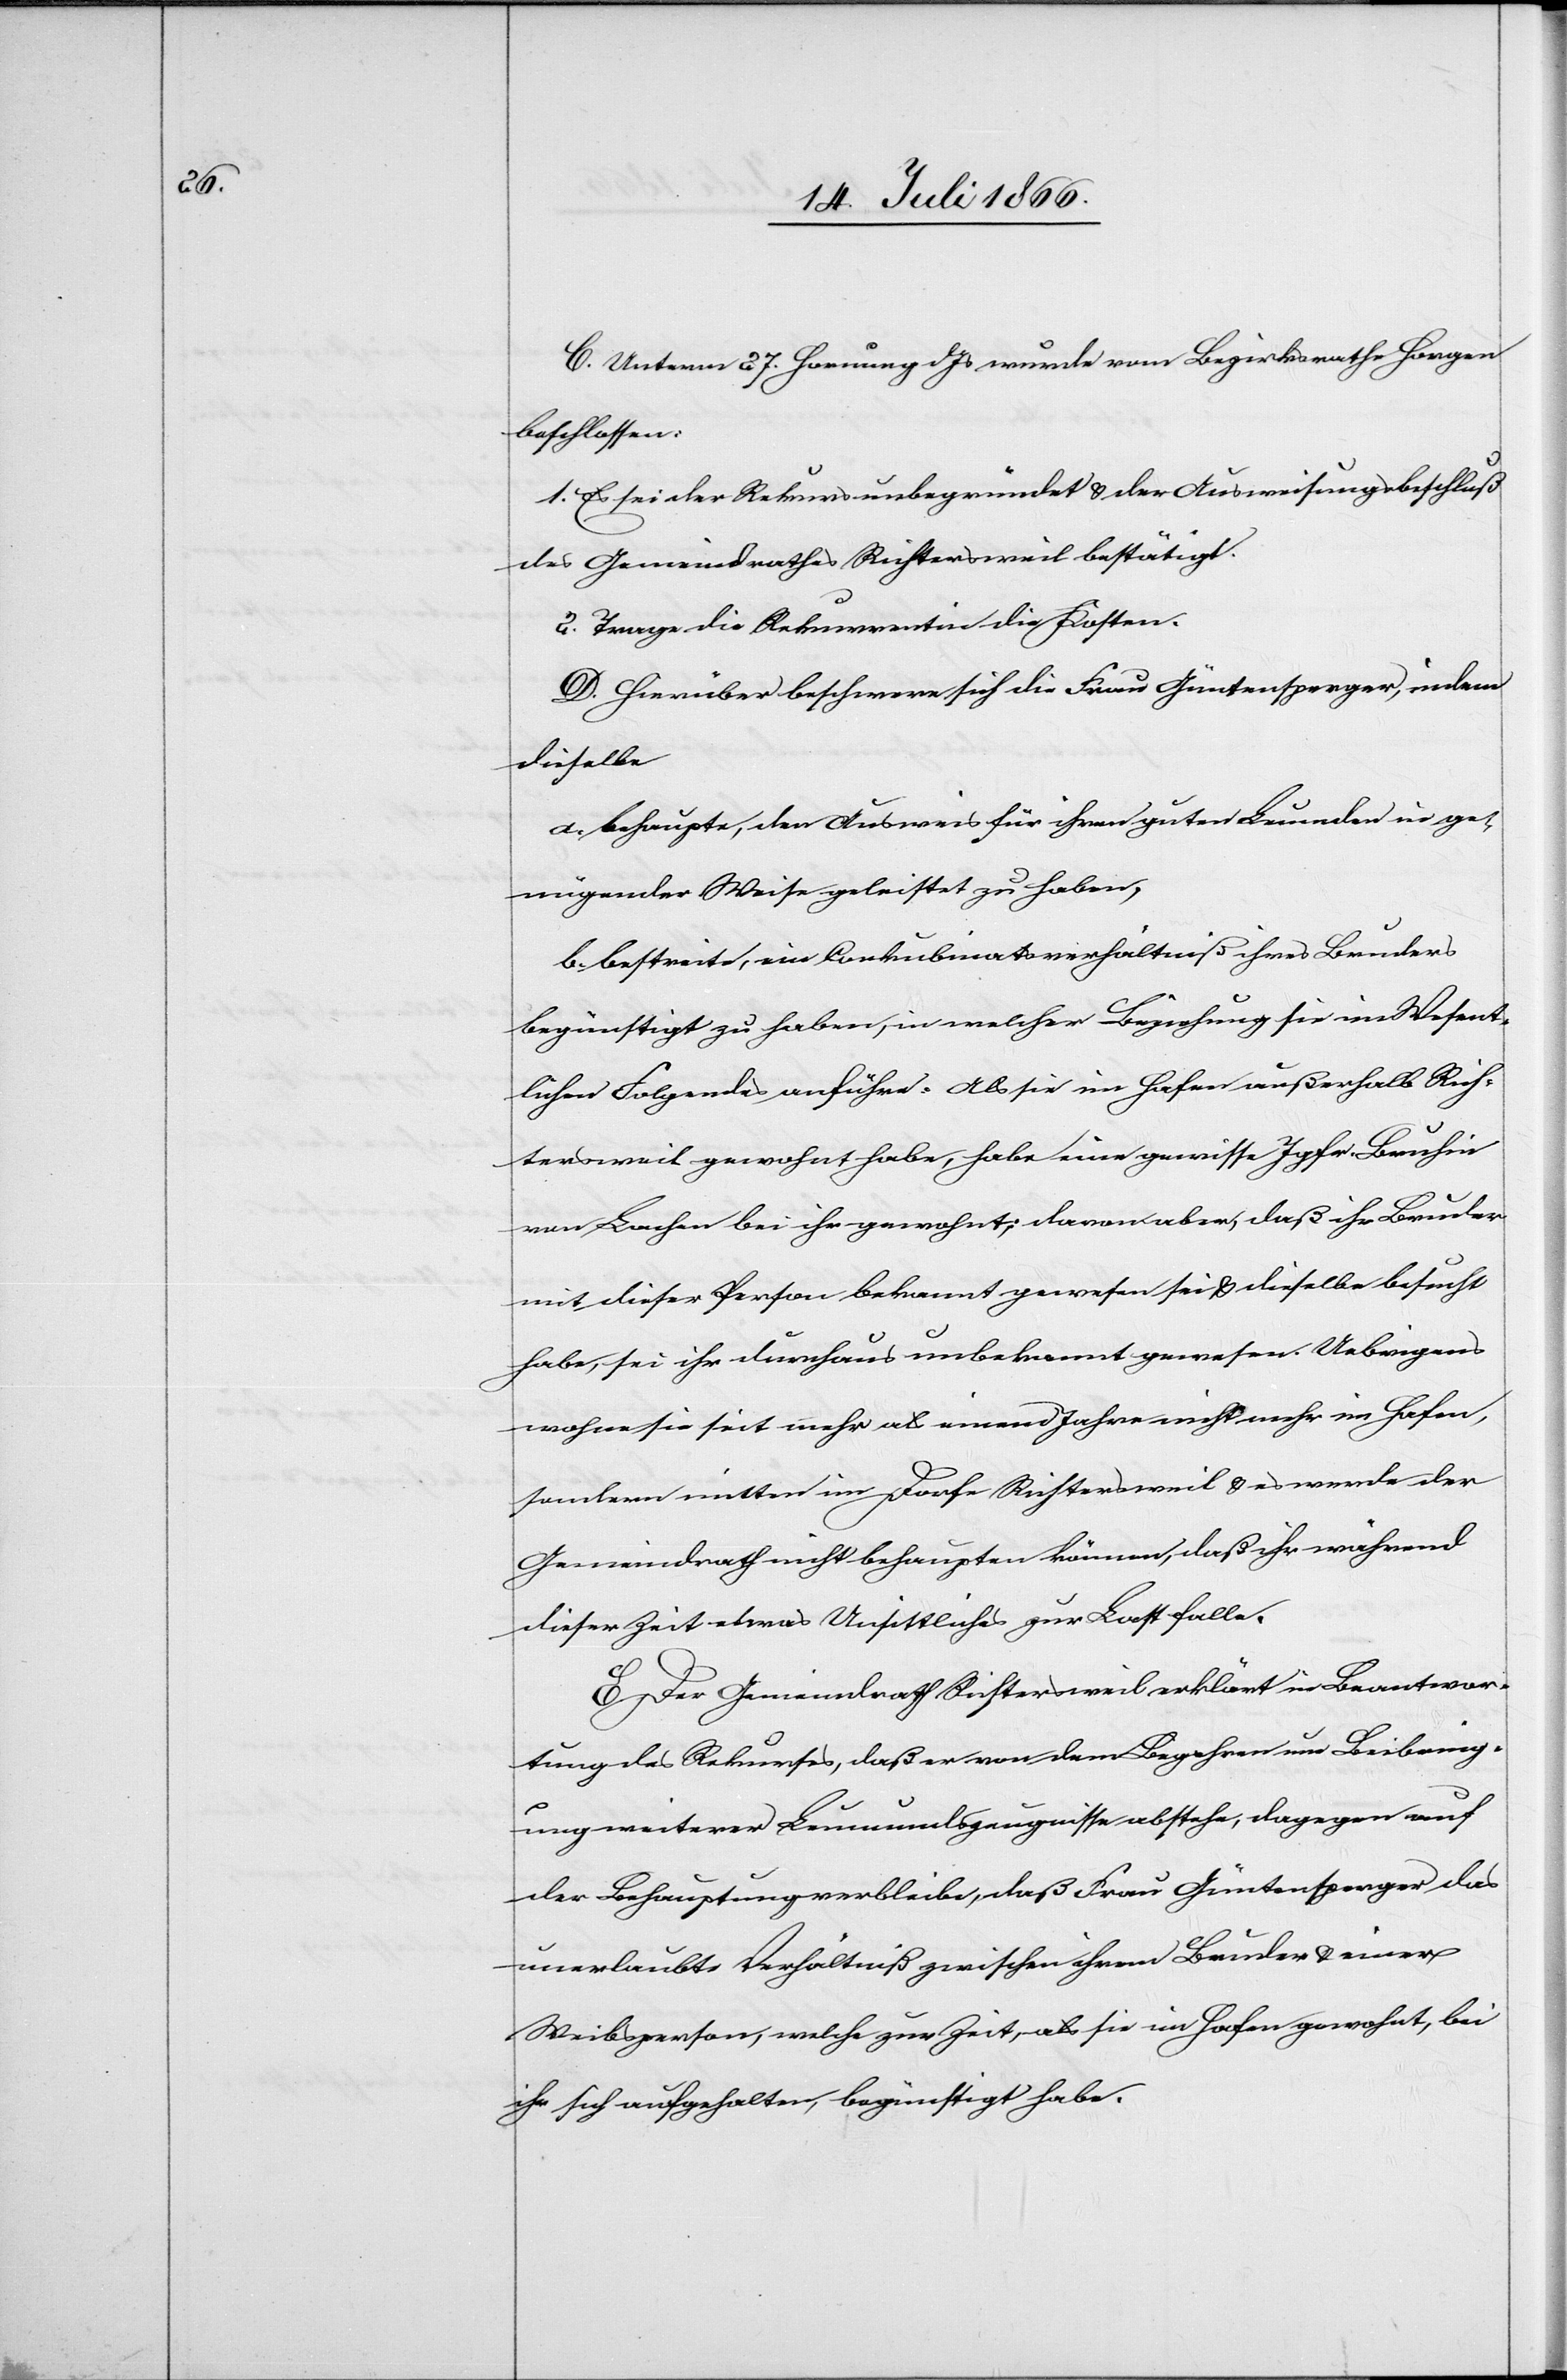
C. Unterm 27. Hornung wurde vom Bezirksrath Horgen
beschlossen:
1. Es sei der Rekurs unbegründet u. der Ausweisungsbeschluß
des Gemeindrathes Richtersweil bestätigt.
2. Trage die Rekurrentin die Kosten.
D. Hierüber beschwere sich die Frau Güntersperger, indem
dieselbe
a. behaupte, den Ausweis für ihren guten Leumund in ge¬
nügender Weise geleistet zu haben,
b. bestreite, eine Conkubinatsverhältniß ihres Bruders
begünstigt zu haben, in welcher Beziehung sie im Wesent¬
lichen Folgendes anführt: Als sie im Hafen außerhalb Rich¬
tersweil gewohnt habe, habe eine gewisse Jgfr. Bruhie
von Bachen bei ihr gewohnt; davon aber, daß ihr Bruder
mit dieser Person bekannt gewesen sei u. dieselbe besucht
habe, sei ihr durchaus unbekannt gewesen [sic!]. Uebrigens
wohne sie seit mehr als einem Jahre nicht mehr im Hafen,
sondern mitten im Dorfe Richtersweil u. es werde der
Gemeindrath nicht behaupten können, daß ihr während
dieser Zeit etwas Unsittliches zu Last falle.
E. Der Gemeindrath Richtersweil erklärt in Beantwor¬
tung des Rekurses, daß er von dem Begehren um Beibring¬
ung weiterer Leumundszeugnisse abstehe, dagegen auf
der Behauptung verbleibe, daß Frau Güntersperger das
unerlaubte Verhältniß zwischen ihrem Bruder u. einer
Weibsperson, welche zur Zeit, als sie im Hafen gewohnt, bei
ihr sich aufgehalten, begünstigt habe.